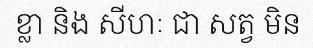
ខ្លា និង សីហៈ ជា សត្វ មិន